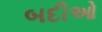
બદીઓ